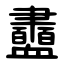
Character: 衋